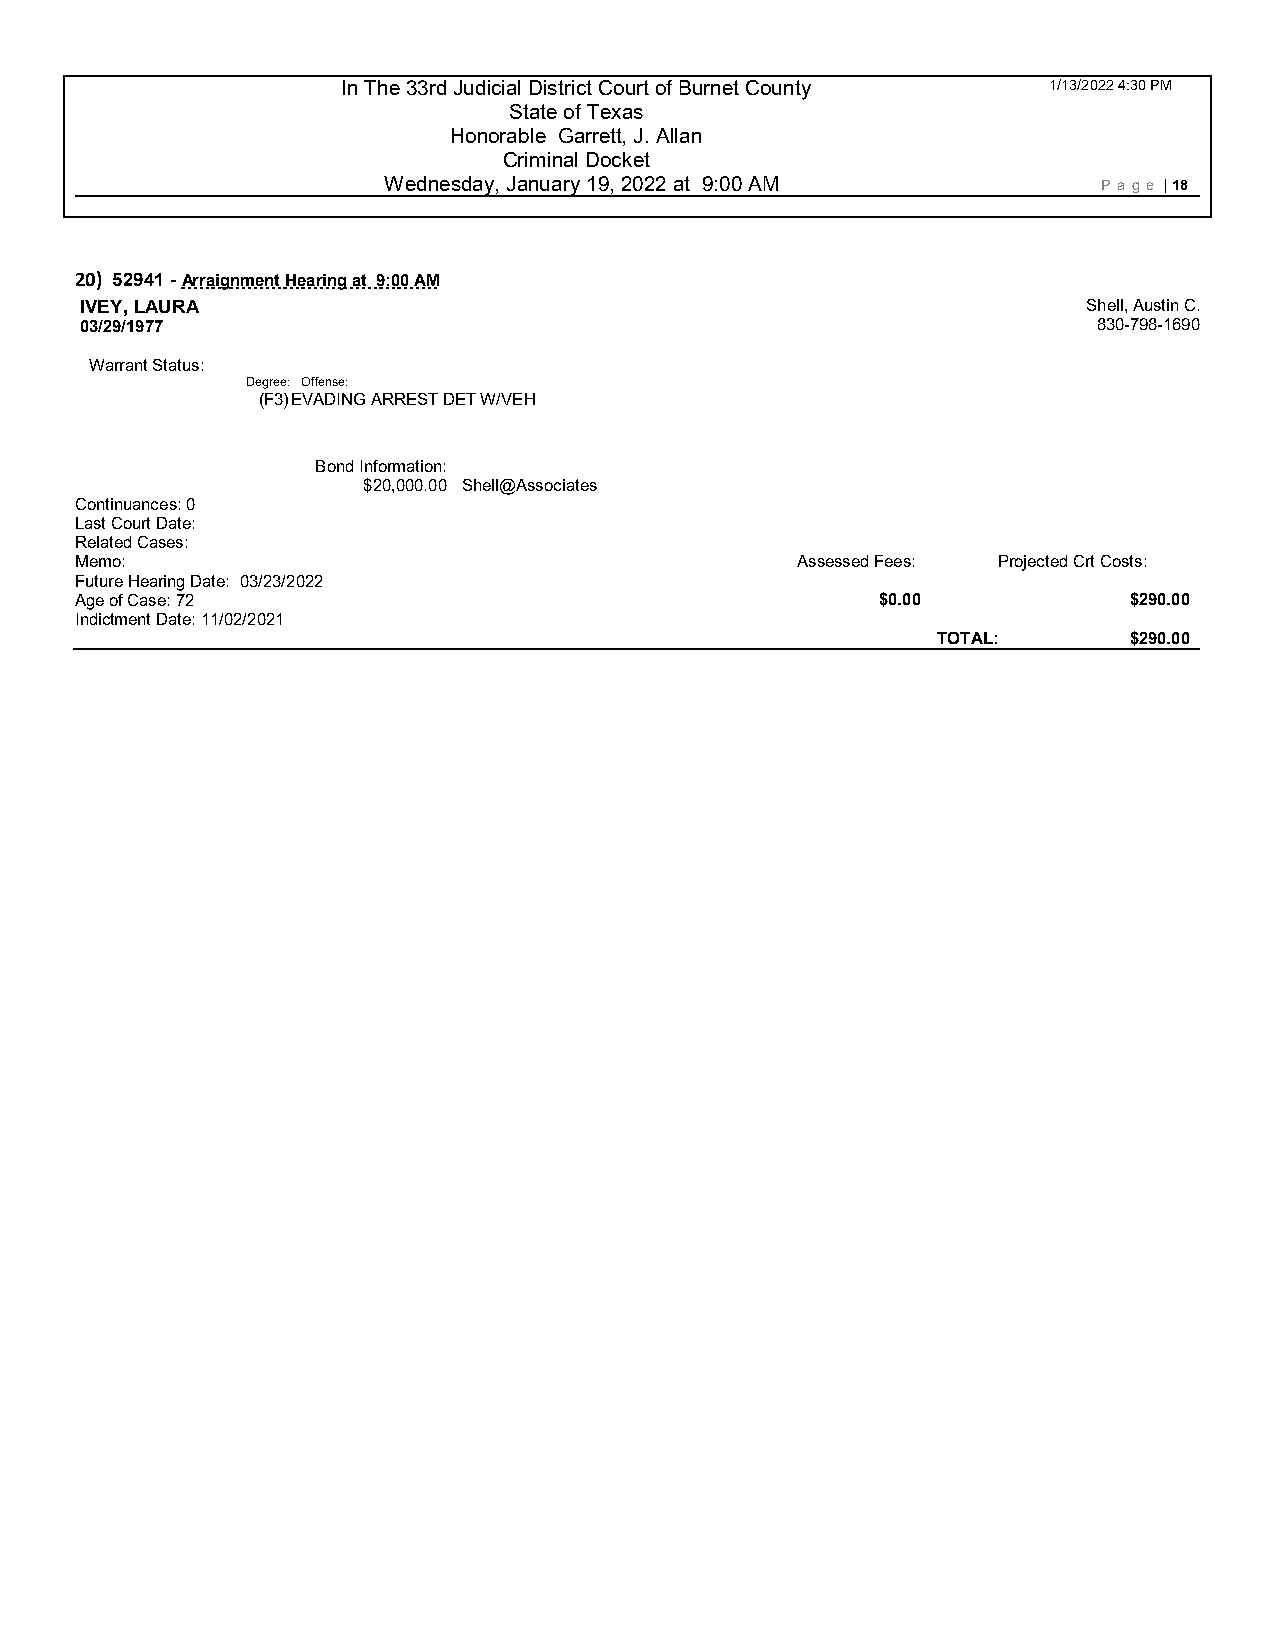
In The 33rd Judicial District Court of Burnet County 1/13/2022 4:30 PM
 State of Texas
 Honorable Garrett, J. Allan
 Criminal Docket
 Wednesday, January 19, 2022 at 9:00 AM          P age | 18
 20) 52941 - Arraignment Hearing at 9:00 AM
 IVEY, LAURA                                                        Shell, Austin C.
 03/29/1977                                                          830-798-1690
 Warrant Status:
 Degree: Offense:
 (F3) EVADING ARREST DET W/VEH
 Bond Information:
 $20,000.00 Shell@Associates
 Continuances: 0
 Last Court Date:
 Related Cases:
 Memo:                                           Assessed Fees: Projected Crt Costs:
 Future Hearing Date: 03/23/2022
 Age of Case: 72                                      $0.00            $290.00
 Indictment Date: 11/02/2021
 TOTAL:       $290.00